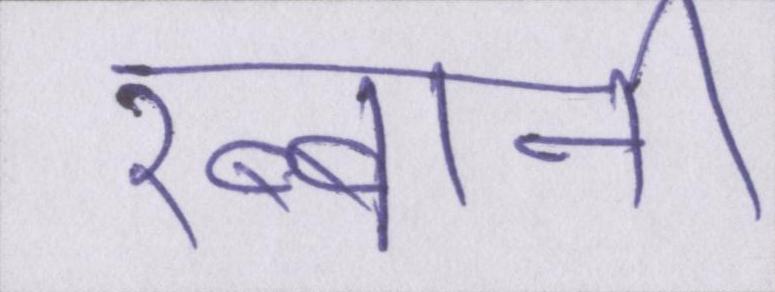
रब्बानी